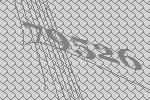
79526